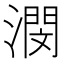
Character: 潣